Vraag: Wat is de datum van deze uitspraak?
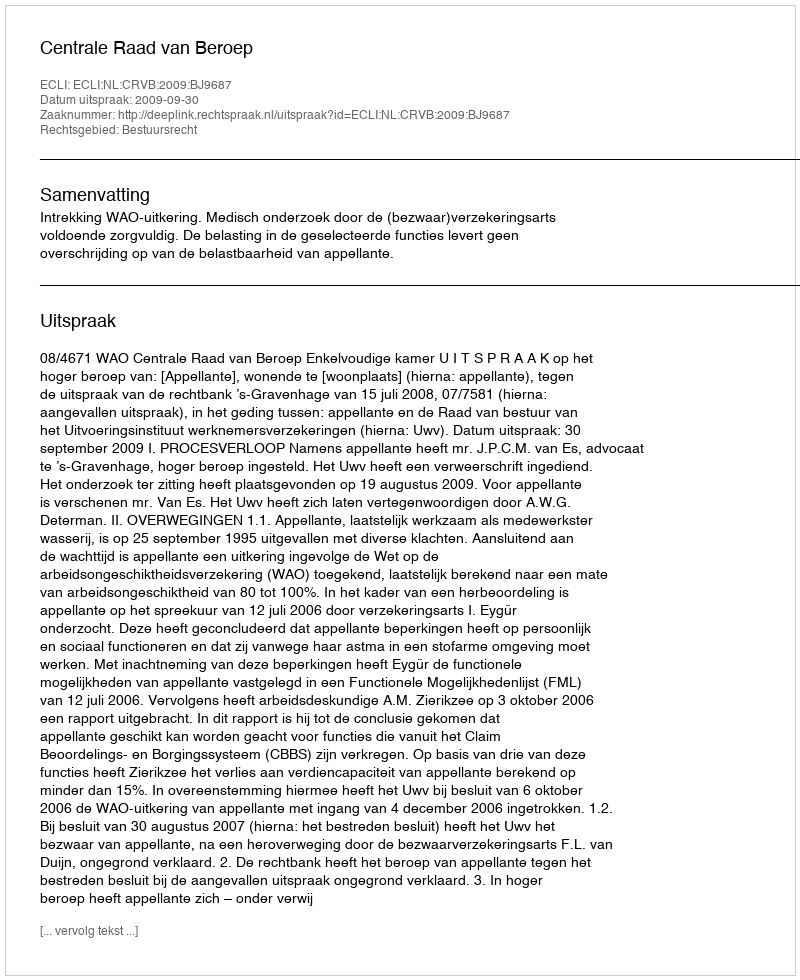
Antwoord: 2009-09-30